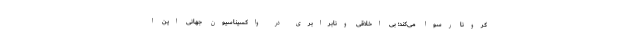
كرونا رسوا می‌كند؛ بی اخلاقی ونابرابری در واکسیناسیون جهانی اين ا